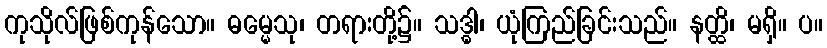
ကုသိုလ်ဖြစ်ကုန်သော။ ဓမ္မေသု၊ တရားတို့၌။ သဒ္ဓါ၊ ယုံကြည်ခြင်းသည်။ နတ္ထိ၊ မရှိ။ ပ။